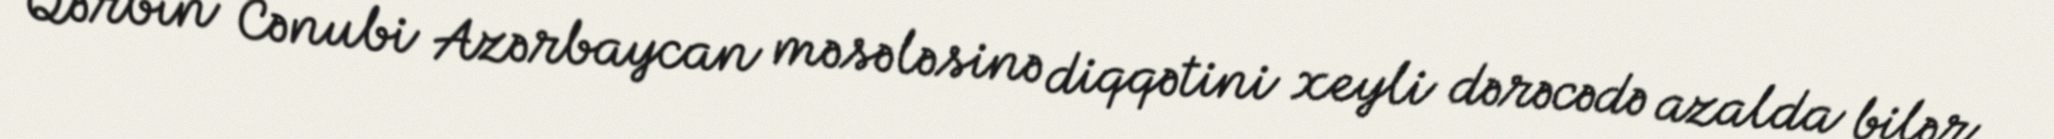
Qərbin Cənubi Azərbaycan məsələsinə diqqətini xeyli dərəcədə azalda bilər.